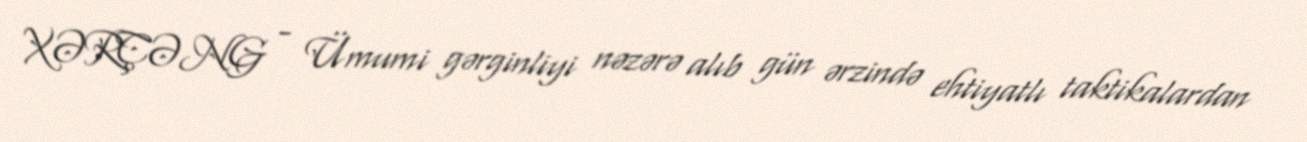
XƏRÇƏNG - Ümumi gərginliyi nəzərə alıb gün ərzində ehtiyatlı taktikalardan